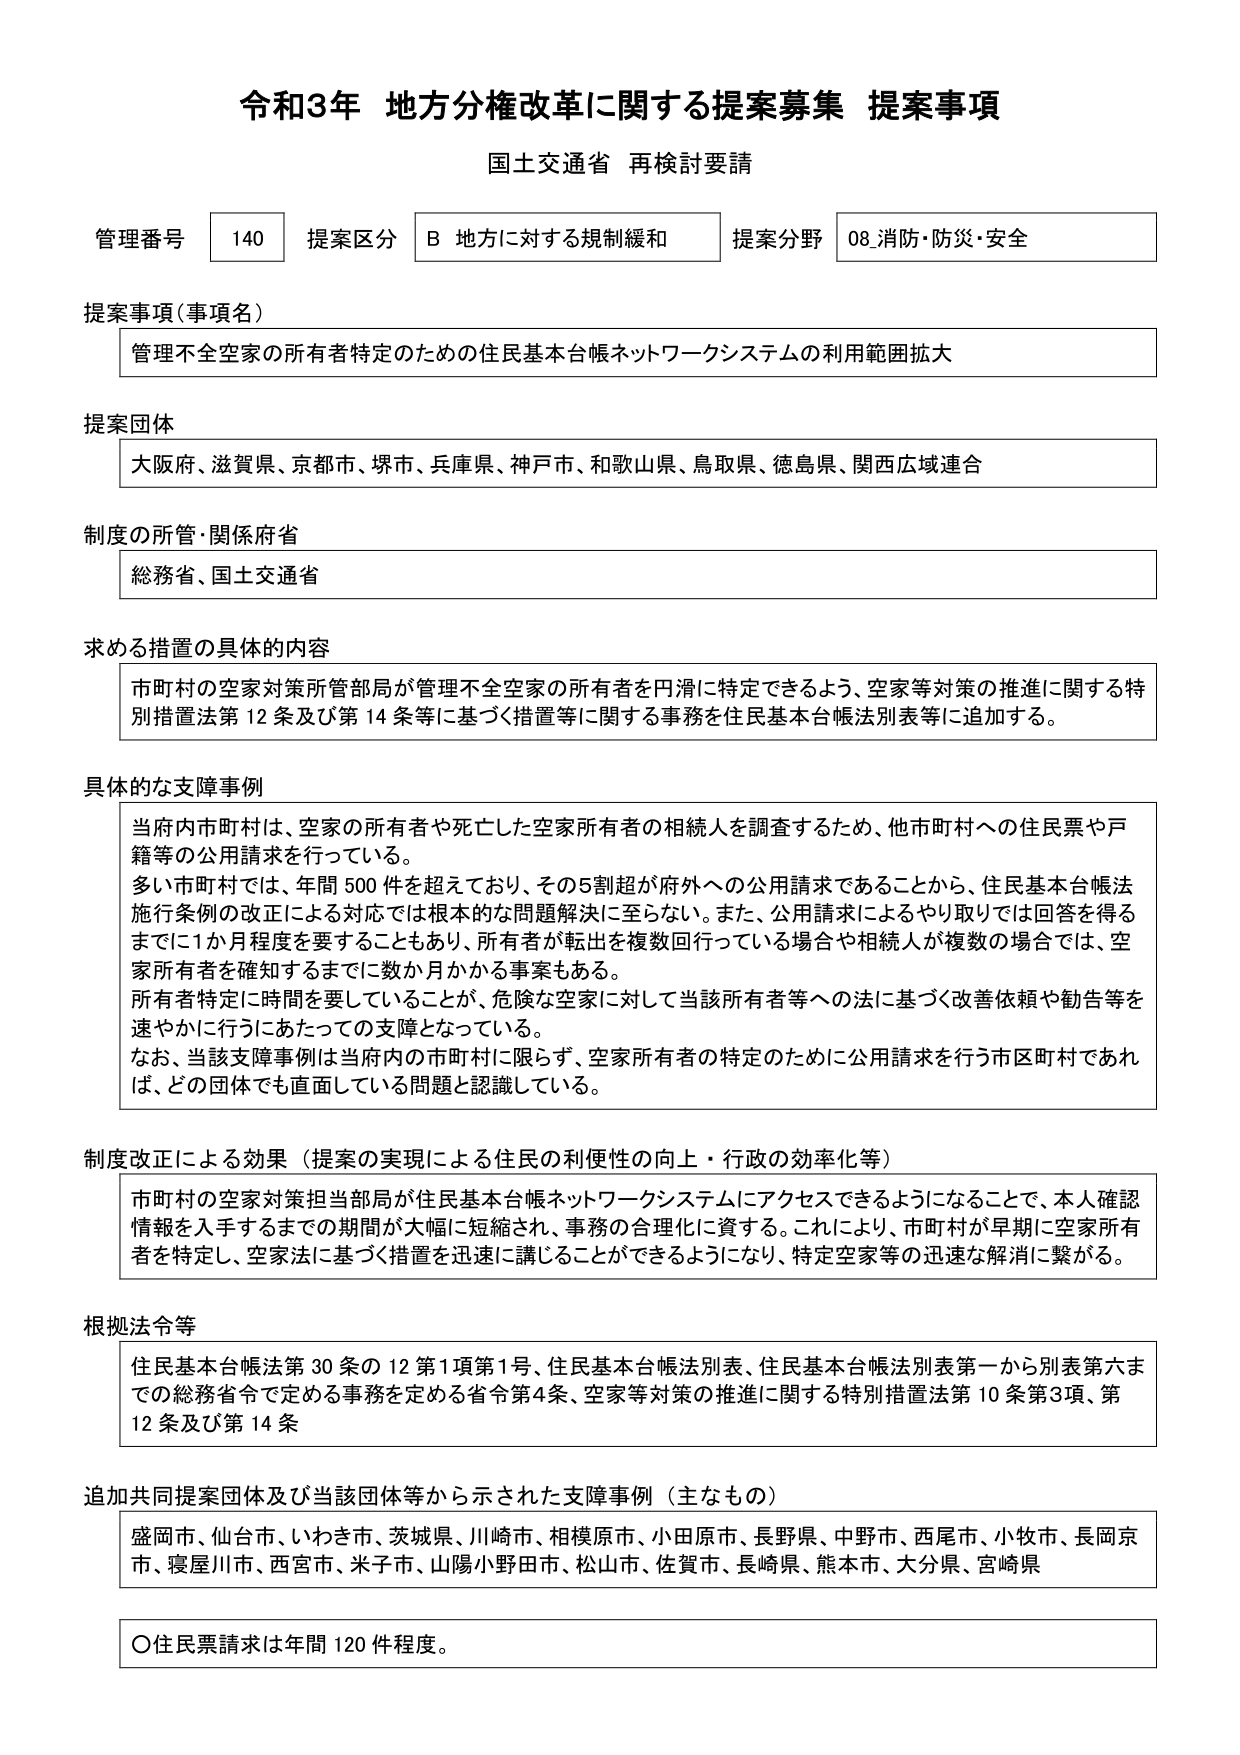
令和3年 地方分権改革に関する提案募集 提案事項
国土交通省 再検討要請

管理番号 140 提案区分 B 地方に対する規制緩和 提案分野 08.消防・防災・安全

提案事項（事項名）
管理不全空家の所有者特定のための住民基本台帳ネットワークシステムの利用範囲拡大

提案団体
大阪府、滋賀県、京都市、堺市、兵庫県、神戸市、和歌山県、鳥取県、徳島県、関西広域連合

制度の所管・関係府省
総務省、国土交通省

求める措置の具体的内容
市町村の空家対策所管部局が管理不全空家の所有者を円滑に特定できるよう、空家等対策の推進に関する特別措置法第12条及び第14条等に基づく措置等に関する事務を住民基本台帳法別表等に追加する。

具体的な支障事例
当府内市町村は、空家の所有者や死亡した空家所有者の相続人を調査するため、他市町村への住民票や戸籍等の公用請求を行っている。
多い市町村では、年間500件を超えており、その5割超が府外への公用請求であることから、住民基本台帳法施行条例の改正による対応では根本的な問題解決に至らない。また、公用請求によるやり取りでは回答を得るまでに1か月程度を要することもあり、所有者が転出を複数回行っている場合や相続人が複数の場合では、空家所有者を確知するまでに数か月かかる事案もある。
所有者特定に時間を要していることが、危険な空家に対して当該所有者等への法に基づく改善依頼や勧告等を速やかに行うにあたっての支障となっている。
なお、当該支障事例は当府内の市町村に限らず、空家所有者の特定のために公用請求を行う市区町村であれば、どの団体でも直面している問題と認識している。

制度改正による効果（提案の実現による住民の利便性の向上・行政の効率化等）
市町村の空家対策担当部局が住民基本台帳ネットワークシステムにアクセスできるようになることで、本人確認情報を入手するまでの期間が大幅に短縮され、事務の合理化に資する。これにより、市町村が早期に空家所有者を特定し、空家法に基づく措置を迅速に講じることができるようになり、特定空家等の迅速な解消に繋がる。

根拠法令等
住民基本台帳法第30条の12第1項第1号、住民基本台帳法別表、住民基本台帳法別表第一から別表第六までの総務省令で定める事務を定める省令第4条、空家等対策の推進に関する特別措置法第10条第3項、第12条及び第14条

追加共同提案団体及び当該団体等から示された支障事例（主なもの）
盛岡市、仙台市、いわき市、茨城県、川崎市、相模原市、小田原市、長野県、中野市、西尾市、小牧市、長岡京市、寝屋川市、西宮市、米子市、山陽小野田市、松山市、佐賀市、長崎県、熊本市、大分県、宮崎県

〇住民票請求は年間120件程度。